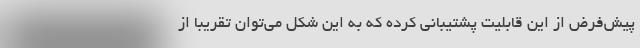
پیش‌فرض از این قابلیت پشتیبانی کرده که به این شکل می‌توان تقریبا از